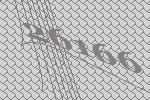
26166